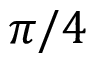
\pi / 4